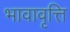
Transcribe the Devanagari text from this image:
भावावृत्ति